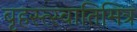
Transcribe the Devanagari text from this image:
बृहस्त्स्वातिमित्र